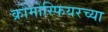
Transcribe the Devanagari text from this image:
क्रोमोस्फियरच्या